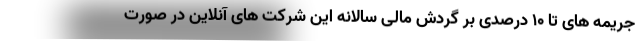
جریمه های تا ۱۰ درصدی بر گردش مالی سالانه این شرکت های آنلاین در صورت